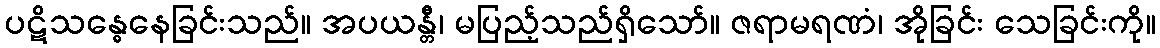
ပဋိသန္ဓေနေခြင်းသည်။ အပယန္တီ၊ မပြည့်သည်ရှိသော်။ ဇရာမရဏံ၊ အိုခြင်း သေခြင်းကို။